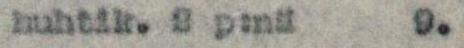
huhtik. 2 p:nä 9.